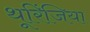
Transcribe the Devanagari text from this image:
थूरिंजिया